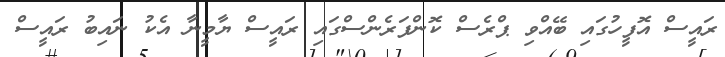
ރައީސް އޮފީހުގައި ބޭއްވި ޕްރެސް ކޮންފަރެންސްގައި ރައީސް ޔާމީނާ އެކު ނައިބު ރައީސް